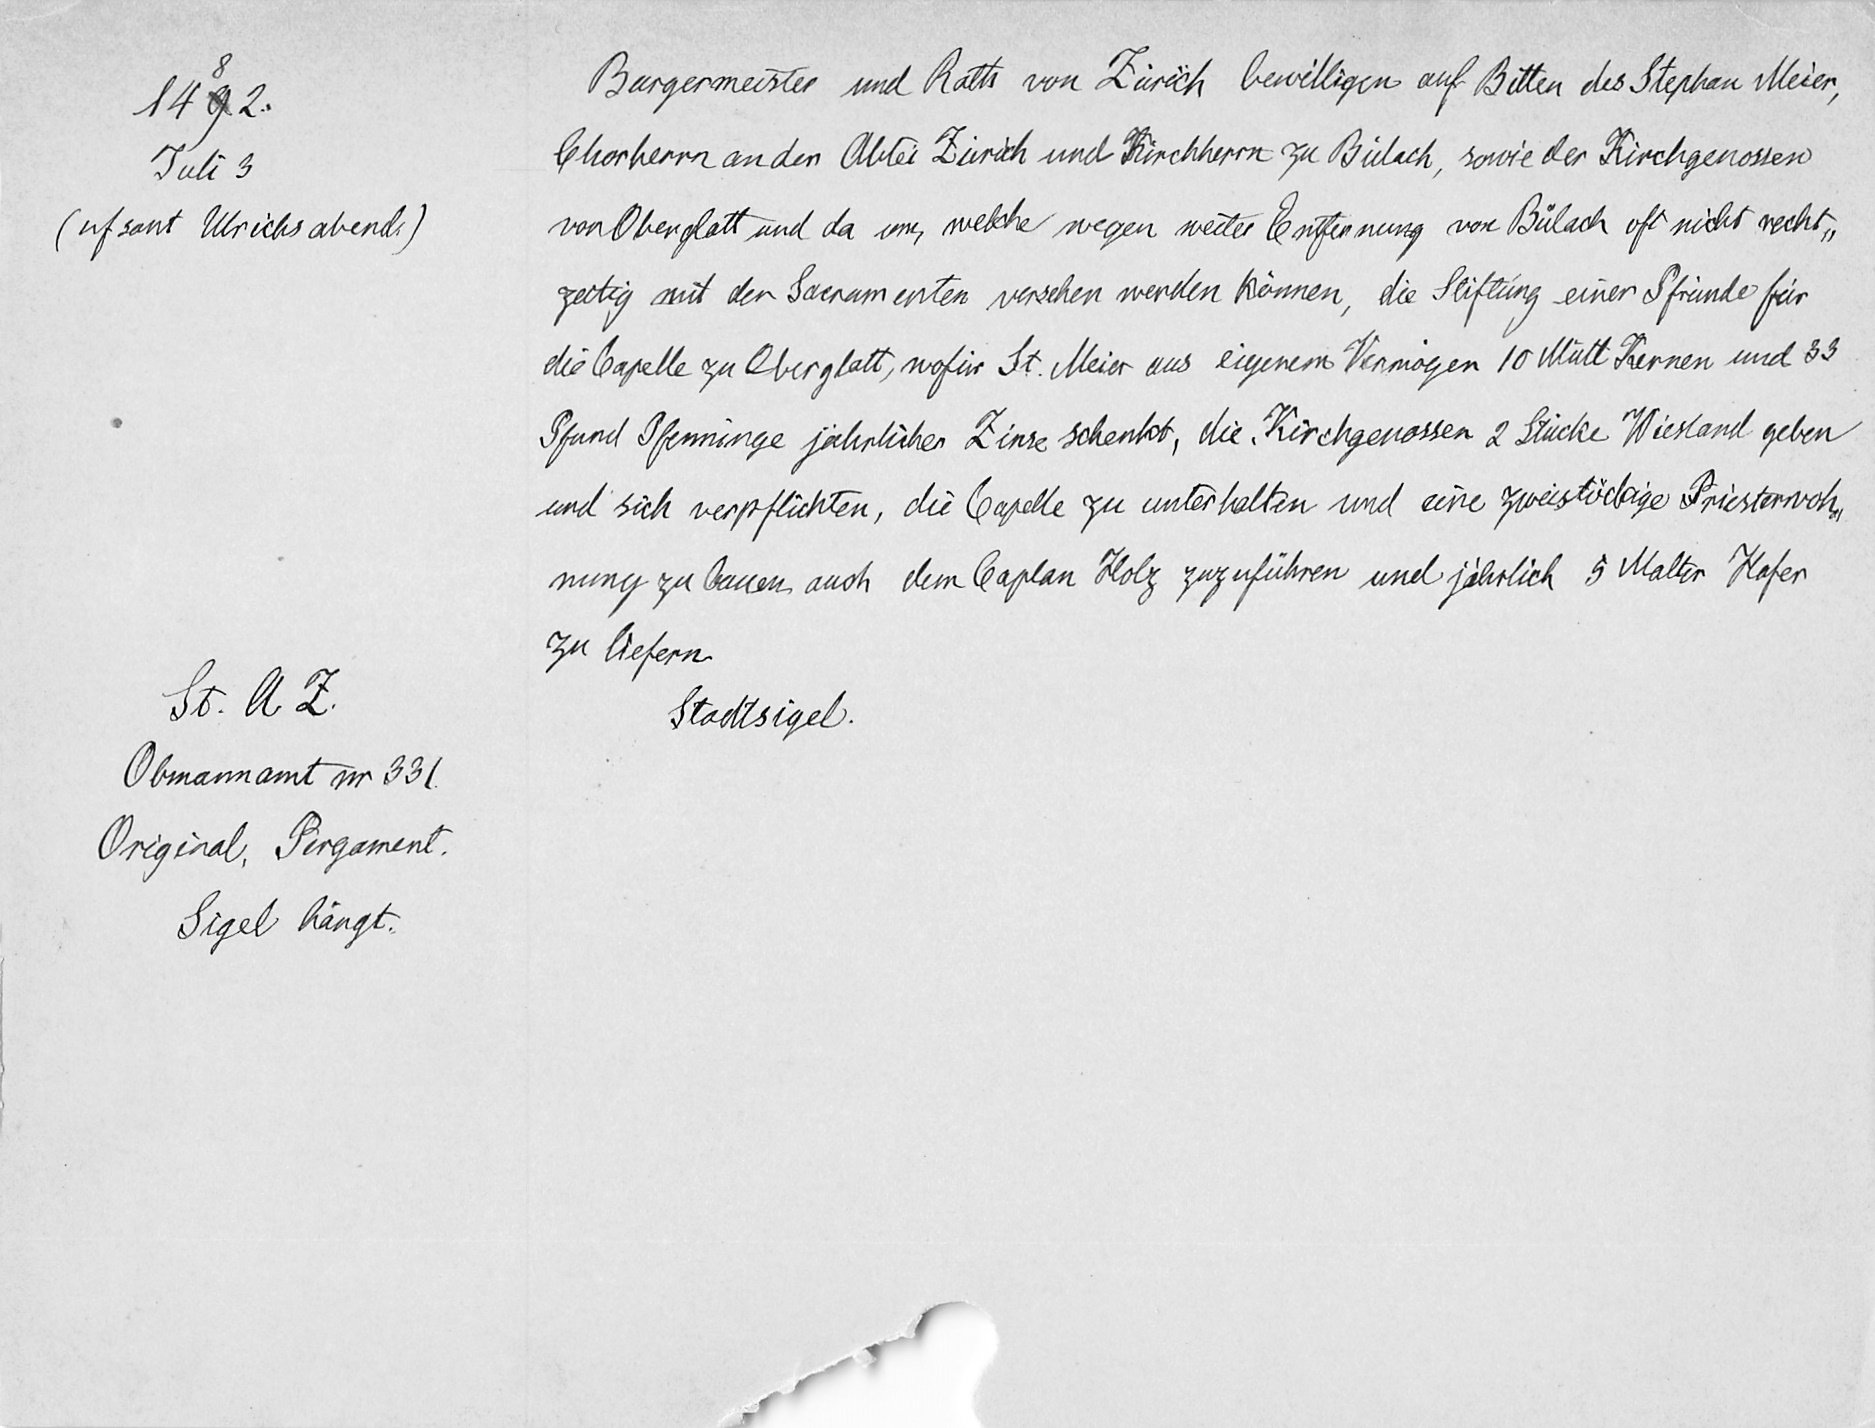
1492.
Juli 3
(uf sant Ulrichs abend.)
St. A. Z.
Obmannamt nr. 331
Original, Pergament.
Sigel hängt.

Bürgermeister und Rath von Zürich bewilligen auf Bitten des Stephan Meier,
Chorherrn an der Abtei Zürich und Kirchherrn zu Bülach, sowie der Kirchgenossen
von Oberglatt und da um, welche wegen weiter Entfernung von Buͦlach oft nicht recht¬
zeitig mit den Sacramenten versehen werden können, die Stiftung einer Pfründe für
die Capelle zu Oberglatt, wofür St. Meier aus eigenem Vermögen 10 Mütt Kernen und 33
Pfund Pfenninge jährlicher Zinse schenkt, die Kirchgenossen 2 Stücke Wiesland geben
und sich verpflichten, die Capelle zu unterhalten und eine zweistöckige Priesterwoh-
nung zu bauen, auch dem Caplan Holz zuzuführen und jährlich 5 Malter Hafer
zu liefern.
Stadtsigel.